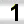
Digit: 1